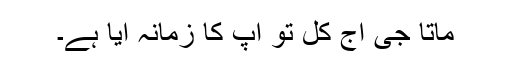
ماتا جی آج کل تو آپ کا زمانہ آیا ہے۔